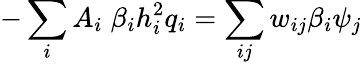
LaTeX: -\sum_{i}A_{i}\; \beta_{i}h_{i}^{2}q_{i}=\sum_{ij}w_{ij}\beta_{i}\psi_{j}